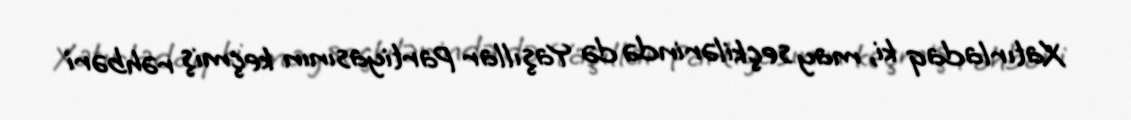
Xatırladaq ki, may seçkilərində də Yaşıllar Partiyasının keçmiş rəhbəri